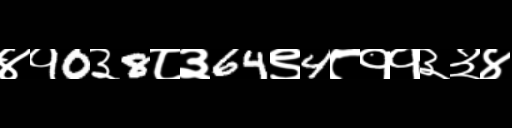
Text: ४१0३8८३64९4८११३३४